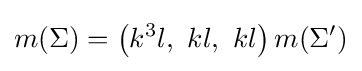
m(\Sigma )=\left(k^{3}l,\ kl,\ kl\right)m(\Sigma ')